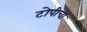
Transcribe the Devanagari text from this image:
टोपीचा